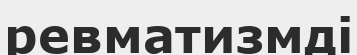
ревматизмді